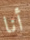
أنا